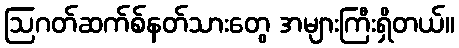
ဩဂတ်ဆက်စ်နတ်သားတွေ အများကြီးရှိတယ်။